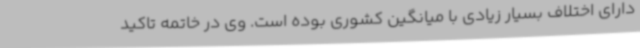
دارای اختلاف بسیار زیادی با میانگین کشوری بوده است. وی در خاتمه تاکید